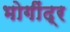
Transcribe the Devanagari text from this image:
भोगींद्र